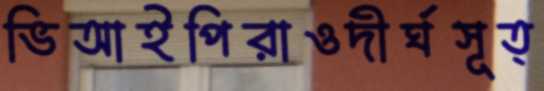
ভিআইপিরাওদীর্ঘসূত্